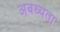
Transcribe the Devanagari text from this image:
अबध्यता